Report on sanitation, dispensaries, and jails in Rajputana for 1919, and on vaccination for the year 1919-1920 - 1919-1920
Year: 1919
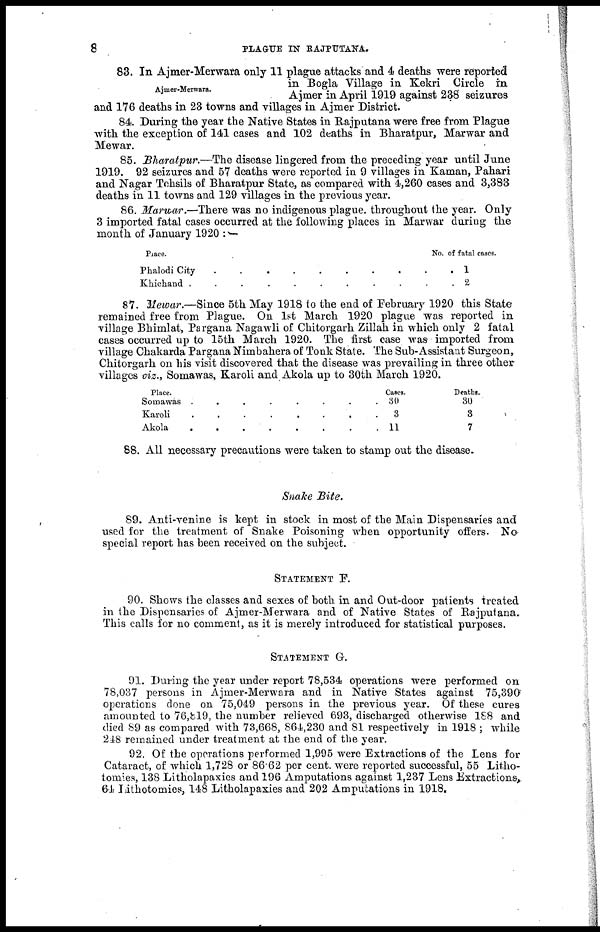
8
PLAGUE IN RAJPUTANA.
Ajmer-Merwara.
83. In Ajmer-Merwara only 11 plague attacks and 4 deaths were reported
in Bogla Village in Kekri Circle in
Ajmer in April 1919 against 238 seizures
and 176 deaths in 23 towns and villages in Ajmer District.
84. During the year the Native States in Rajputana were free from Plague
with the exception of 141 cases and 102 deaths in Bharatpur, Marwar and
Mewar.
85. Bharatpur.—The disease lingered from the preceding year until June
1919. 92 seizures and 57 deaths were reported in 9 villages in Kaman, Pahari
and Nagar Tehsils of Bharatpur State, as compared with 4,260 cases and 3,383
deaths in 11 towns and 129 villages in the previous year.
86. Marwar.—There was no indigenous plague. throughout the year. Only
3 imported fatal cases occurred at the following places in Marwar during the
month of January 1920 : —
Peace.
Phalodi City
.
.
.
.
.
.
.
.
Khichand
.
.
.
.
.
.
.
.
No. of fatal cases.
1
2
87. Mewar.—Since 5th May 1918 to the end of February 1920 this State
remained free from Plague. On 1st March 1920 plague was reported in
village Bhimlat, Pargana Nagawli of Chitorgarh Zillah in which only 2 fatal
cases occurred up to 15th March 1920. The first case was imported from
village Chakarda Pargana Nimbahera of Tonk State. The Sub-Assistant Surgeon,
Chitorgarh on his visit discovered that the disease was prevailing in three other
villages viz., Somawas, Karoli and Akola up to 30th March 1920.
Place.
Somawas
.
.
.
.
.
.
.
.
Karoli
.
.
.
.
.
.
.
.
Akola . . . . . . . .
Cases.
30
3
11
Deaths.
30
3
7
88. All necessary precautions were taken to stamp out the disease.
Snake Bite.
89. Anti-venine is kept in stock in most of the Main Dispensaries and
used for the treatment of Snake Poisoning when opportunity offers. No-
special report has been received on the subject.
STATEMENT F.
90. Shows the classes and sexes of both in and Out-door patients treated
in the Dispensaries of Ajmer-Merwara and of Native States of Rajputana.
This calls for no comment, as it is merely introduced for statistical purposes.
STATEMENT G.
91. During the year under report 78,534 operations were performed on
78,037 persons in Ajmer-Merwara and in Native States against 75,390
operations done on 75,049 persons in the previous year. Of these cures
amounted to 76,819, the number relieved 693, discharged otherwise 188 and
died 89 as compared with 73,668, 864,230 and 81 respectively in 1918 ; while
248 remained under treatment at the end of the year.
92. Of the operations performed 1,995 were Extractions of the Lens for
Cataract, of which 1,728 or 86.62 per cent. were reported successful, 55 Litho-
tomies, 138 Litholapaxies and 196 Amputations against 1,237 Lens Extractions,
64 Lithotomies, 148 Litholapaxies and 202 Amputations in 1918.